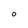
Character: O